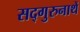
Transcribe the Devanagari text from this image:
सद्गुरुनाथें